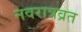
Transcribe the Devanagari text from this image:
नवरात्रव्रत